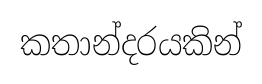
කතාන්දරයකින්